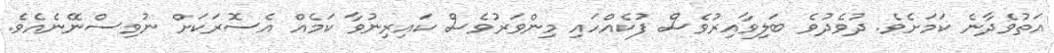
އަތުވެދާނެ ކަމަށެވެ. ދުވެދުވެ ބަލިވާއިރުވެސް ފުކެއްހައި މިންވަރުވެސް ކައިރިނުވާ ކަމެއް އެސޮރަކަށް ނުވިސްނޭނެއެވެ.